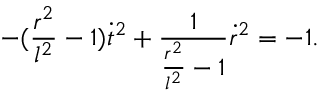
- ( \frac { r ^ { 2 } } { l ^ { 2 } } - 1 ) \dot { t } ^ { 2 } + \frac { 1 } { \frac { r ^ { 2 } } { l ^ { 2 } } - 1 } \dot { r } ^ { 2 } = - 1 .